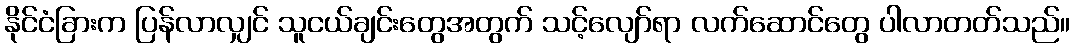
နိုင်ငံခြားက ပြန်လာလျှင် သူငယ်ချင်းတွေအတွက် သင့်လျော်ရာ လက်ဆောင်တွေ ပါလာတတ်သည်။